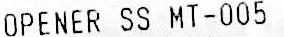
OPENER SS MT-005